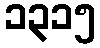
၁၃၁၅